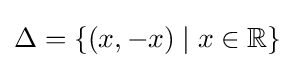
\Delta =\{(x,-x)\mid x\in \mathbb {R} \}